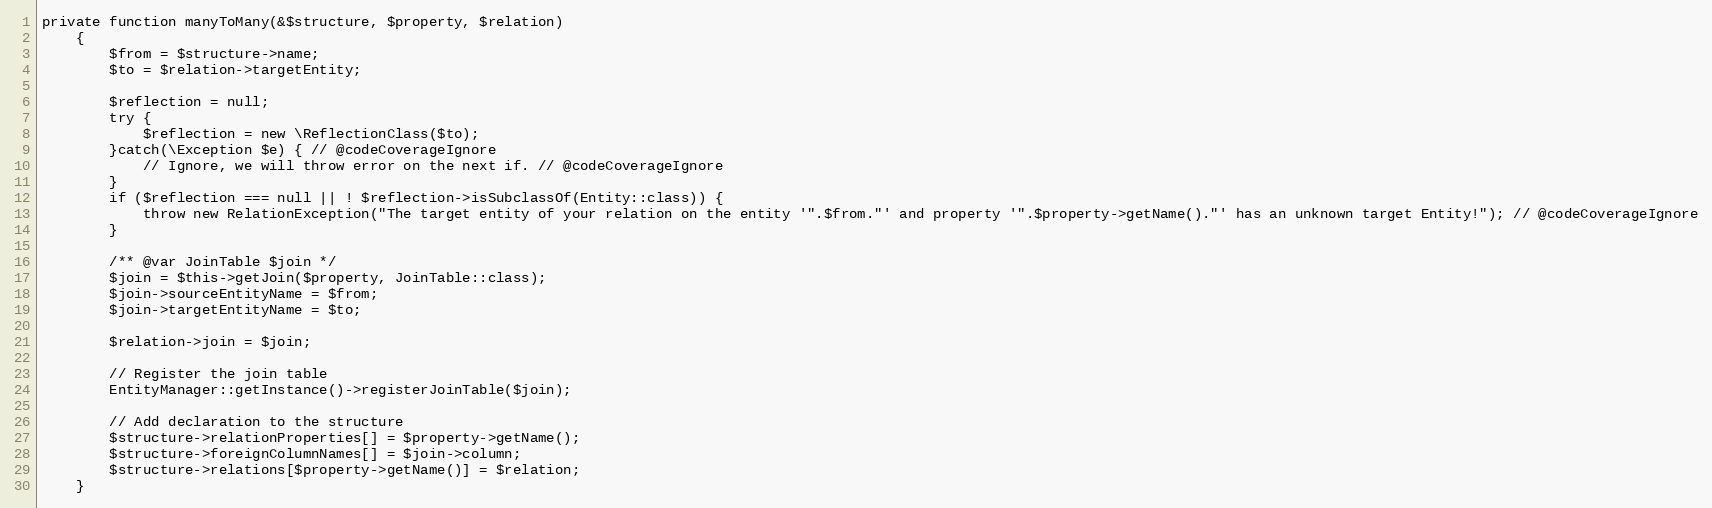
Language: PHP
private function manyToMany(&$structure, $property, $relation)
    {
        $from = $structure->name;
        $to = $relation->targetEntity;

        $reflection = null;
        try {
            $reflection = new \ReflectionClass($to);
        }catch(\Exception $e) { // @codeCoverageIgnore
            // Ignore, we will throw error on the next if. // @codeCoverageIgnore
        }
        if ($reflection === null || ! $reflection->isSubclassOf(Entity::class)) {
            throw new RelationException("The target entity of your relation on the entity '".$from."' and property '".$property->getName()."' has an unknown target Entity!"); // @codeCoverageIgnore
        }

        /** @var JoinTable $join */
        $join = $this->getJoin($property, JoinTable::class);
        $join->sourceEntityName = $from;
        $join->targetEntityName = $to;

        $relation->join = $join;

        // Register the join table
        EntityManager::getInstance()->registerJoinTable($join);

        // Add declaration to the structure
        $structure->relationProperties[] = $property->getName();
        $structure->foreignColumnNames[] = $join->column;
        $structure->relations[$property->getName()] = $relation;
    }